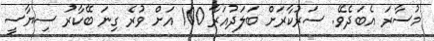
މުސާރަ އެބަދެވޭ. ސަރުކާރަށް ބަލަދުއަރާ 100 އަށް ވުރެ ގިނަ ބޭކާރު ސިޔާސީ